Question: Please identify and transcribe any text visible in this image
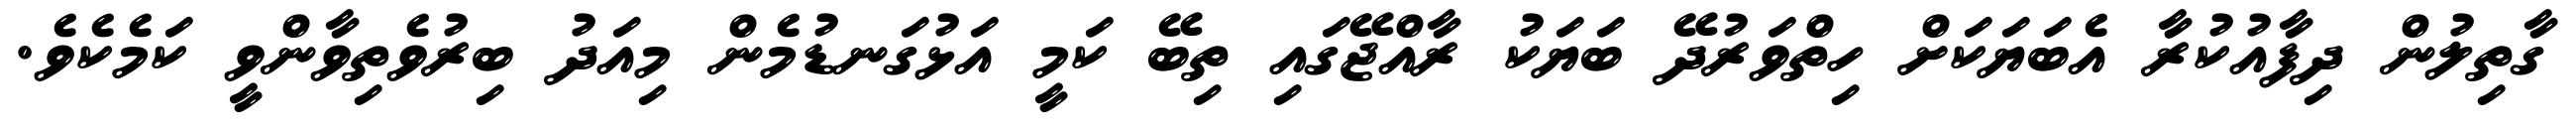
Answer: ގާތިލުން ދިފާއުކުރާ އެބަޔަކަށް ހިތްވަރުދޭ ބަޔަކު ރާއްޖޭގައި ތިބޭ ކަމީ އަޅުގަނޑުމެން މިއަދު ބިރުވެތިވާންވީ ކަމެކެވެ.